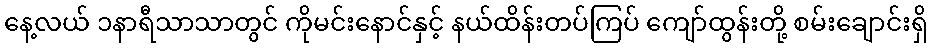
နေ့လယ် ၁နာရီသာသာတွင် ကိုမင်းနောင်နှင့် နယ်ထိန်းတပ်ကြပ် ကျော်ထွန်းတို့ စမ်းချောင်းရှိ